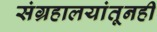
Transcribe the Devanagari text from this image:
संग्रहालयांतूनही